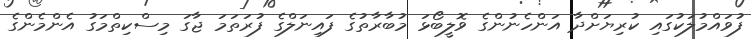
ފުވައްމުލަކުގައި ކުރިޔަށްދާ އަންހެނުންގެ ވޮލީބޯޅަ މުބާރާތުގެ ފައިނަލްގެ ފުރަތަމަ ޖާގަ މިސްކިތްމަގު އެންމެންގެ